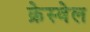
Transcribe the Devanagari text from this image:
क्रेस्वेल